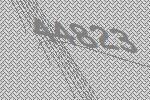
44823